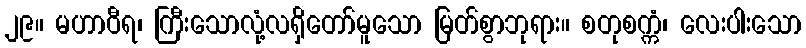
၂၉။ မဟာဝီရ၊ ကြီးသောလုံ့လရှိတော်မူသော မြတ်စွာဘုရား။ စတုစက္ကံ၊ လေးပါးသော